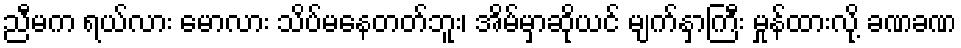
ညီမက ရယ်လား မောလား သိပ်မနေတတ်ဘူး၊ အိမ်မှာဆိုယင် မျက်နှာကြီး မှုန်ထားလို့ ခဏခဏ